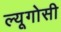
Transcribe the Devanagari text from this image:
ल्यूगोसी